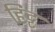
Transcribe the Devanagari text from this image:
हिट्ट